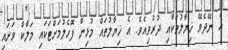
އެ ނޭދެވޭ ޚިޔާލުތަކާއި ދުރުވިއެވެ. އެ ޚިޔާލުތައް މުޅިން ފޮހެލުމަށްޓަކައި މަލާކް ވަށައި